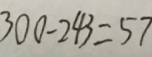
3 0 0 - 2 4 3 = 5 7